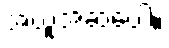
အယူအဆပေါ့။